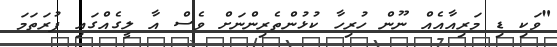
"ވަކި ޑި މަރިއާއެއް ނޫން ހުރިހާ ކުޅުންތެރިންނަށް ވެސް އާ ލީގެއްގައި ފުރަތަމަ